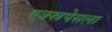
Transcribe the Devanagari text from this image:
एक्स्रपेसला